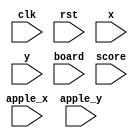
module Display_Module(
    clk, rst, x, y, board, score, apple_x, apple_y
);

input clk;
input rst;
input [15:0] x;
input [15:0] y;
input [255:0] board;
input [3:0] score;
input [3:0] apple_x;
input [3:0] apple_y;

reg [15:0] counter;

integer i, j;

reg [127:0] str = "xxxxxxxxxxxxxxxx";

always @(posedge clk or negedge rst) begin
	if (!rst) begin
		counter <= 15'd0;
	end else begin
		counter <= counter + 15'd1;
	end
end

always @(posedge clk or negedge rst) begin
	if (!rst) begin
		$display("reset...");
		$display("Game Start!");
	end else begin
		$display("counter: %d", counter);
		$display("score: %d", score);
		$display("x: %x y: %x", x, y);
        for (i=0 ; i<16; i=i+1) begin
			for (j=0; j<16 ; j=j+1) begin
				// (TODO) need a better impletation...
				if (i == x[3:0] && j == y[3:0]) begin
					str = str << 8 | 8'd35;
				end else if (i == x[7:4] && j == y[7:4]) begin
					str = str << 8 | 8'd35;
				end else if (i == x[11:8] && j == y[11:8]) begin
					str = str << 8 | 8'd35;
				end else if (i == x[15:12] && j == y[15:12]) begin
					str = str << 8 | 8'd35;
				end else begin
					str = str << 8 | 8'd46;
				end

				if (i == apple_x && j == apple_y && str[7:0] != 8'd35) begin
					str = {str[127:8], 8'd111};
				end

				if (board[i*16+j] == 1'b1) begin
					str = {str[127:8], 8'd120}; 
				end
			end
			$display("%s", str);
		end
	end
end


endmodule